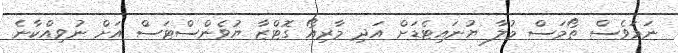
ނަމަވެސް ތޯމަސް މުލާ ޔުނައިޓެޑަށް އަދި މާރިއޯ ގޮޓްޒާ ޔުވެންސްޓަސް އަށް ނުވިއްކާނެ